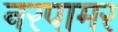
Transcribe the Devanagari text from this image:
नरपामर